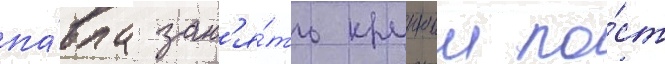
па́вла зан'я́ть крупныи по́ст